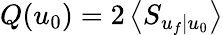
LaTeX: Q(u_{0})=2\left\langle S_{u_{f}|u_{0}}\right\rangle